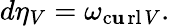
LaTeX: d\eta_{V}=\omega_{\operatorname{c\mathbf{u}rl}V}.